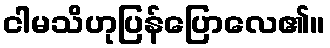
ငါမသိဟုပြန်ပြောလေ၏။